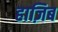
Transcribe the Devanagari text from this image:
हाज़िब